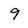
Character: 9